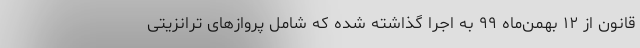
قانون از ۱۲ بهمن‌ماه ٩٩ به اجرا گذاشته شده که شامل پروازهای ترانزیتی